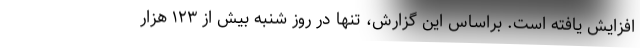
افزایش یافته است. براساس این گزارش، تنها در روز شنبه بیش از ۱۲۳ هزار